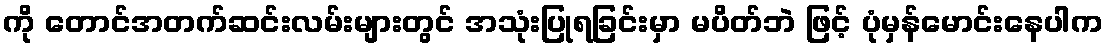
ကို တောင်အတက်ဆင်းလမ်းများတွင် အသုံးပြုရခြင်းမှာ မပိတ်ဘဲ ဖြင့် ပုံမှန်မောင်းနေပါက